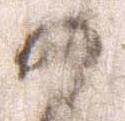
可